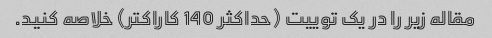
مقاله زیر را در یک توییت (حداکثر 140 کاراکتر) خلاصه کنید.